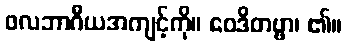
ဖလဘာဂီယအကျင့်ကို။ ဝေဒိတဗ္ဗာ၊ ၏။